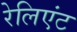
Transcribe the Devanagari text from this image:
रेलिएंट